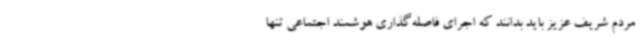
مردم شریف عزیز باید بدانند که اجرای فاصله‌گذاری هوشمند اجتماعی تنها